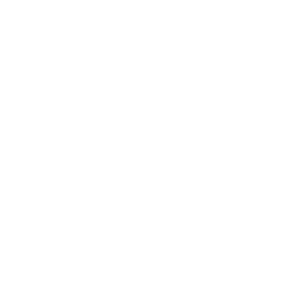
SMILES: Oc1ccc(C2Oc3cc(O)cc4c3C(=[O+][AlH3-3]35([O+]=C6c7c(cc(O)cc7[OH+]3)OC(c3ccc(O)cc3O)C6O)([O+]=C3c6c(cc(O)cc6[OH+]5)OC(c5ccc(O)cc5O)C3O)[OH+]4)C2O)c(O)c1
Inhibits HIV replication: No